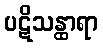
ပဋိသန္ထာရာ